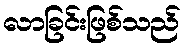
လာခြင်းဖြစ်သည်